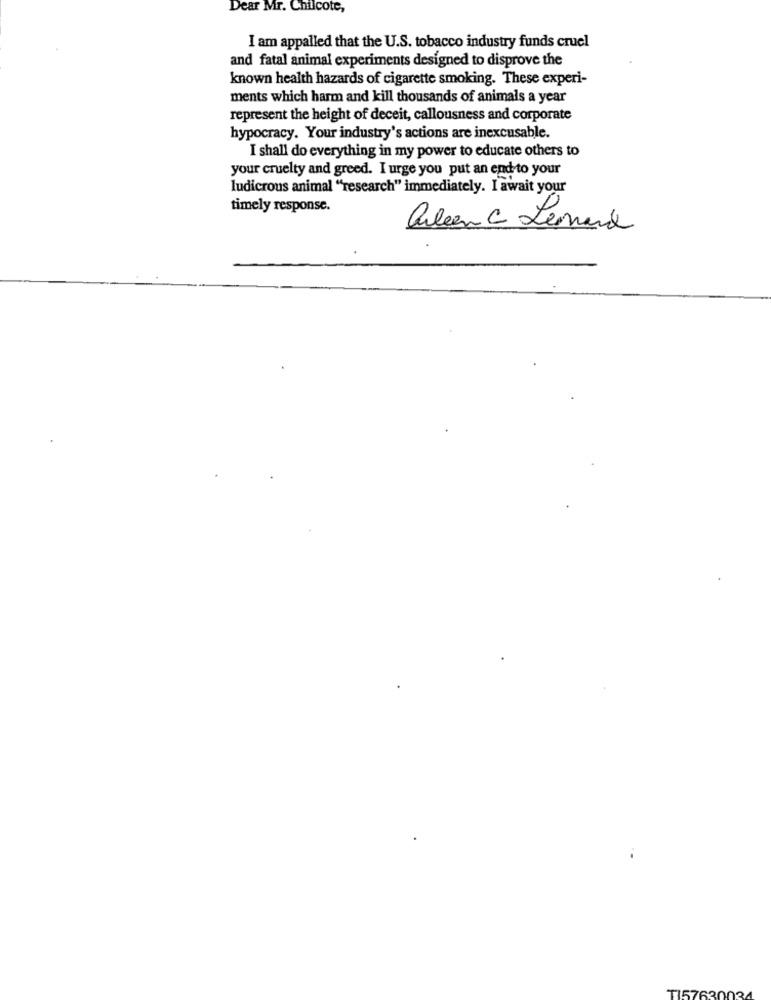
Dear Mr. Chilcote,
I am appalled that the U.S. tobacco industry funds cruel
and fatal animal experiments designed to disprove the
known health hazards of cigarette smoking. These experi-
ments which harm and kill thousands of animals a year
represent the height of deceit, callousness and corporate
hypocracy. Your industry's actions are inexcusable.
I shall do everything in my power to educate others to
your cruelty and greed. I urge you put an end to your
ludicrous animal "research" immediately. I await your
timely response.
arleen C Leonard
TI57630034